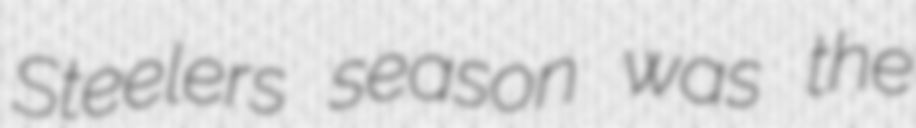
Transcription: Steelers season was the